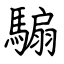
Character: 騸